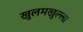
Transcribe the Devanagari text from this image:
खुलमखुल्ला